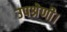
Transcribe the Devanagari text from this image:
उपश्रेणी।